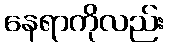
နေရာကိုလည်း